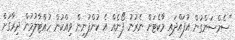
"ސެމްސަންގުން އުފައްދައި މާކެޓަށް ނެރުނު ފޯނެއް އެ ކުންފުނިން ވިއްކުން ހުއްޓާލުމުން ދިރާގަށް